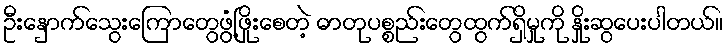
ဦးနှောက်သွေးကြောတွေဖွံ့ဖြိုးစေတဲ့ ဓာတုပစ္စည်းတွေထွက်ရှိမှုကို နှိုးဆွပေးပါတယ်။